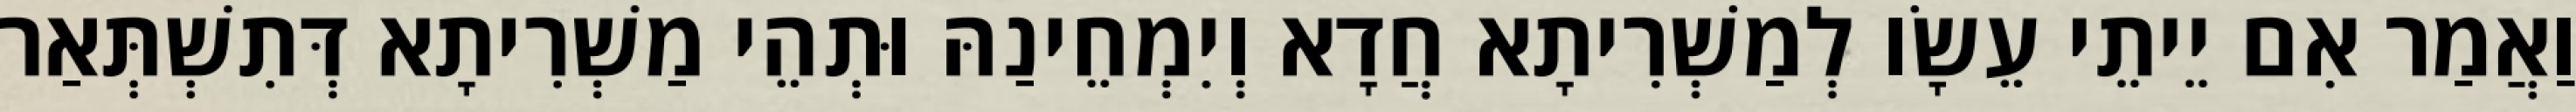
וַאֲמַר אִם יֵיתֵי עֵשָׂו לְמַשְׁרִיתָא חֲדָא וְיִמְחֵינַהּ וּתְהֵי מַשְׁרִיתָא דְּתִשְׁתְּאַר